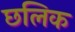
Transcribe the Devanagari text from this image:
छलिक